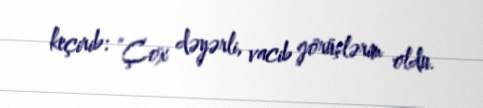
keçirib: “Çox dəyərli, vacib görüşlərim oldu.